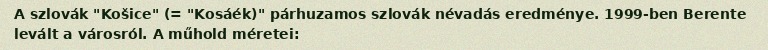
A szlovák "Košice" (= "Kosáék)" párhuzamos szlovák névadás eredménye. 1999-ben Berente levált a városról. A műhold méretei: